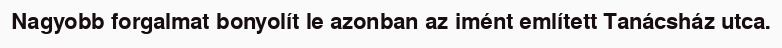
Nagyobb forgalmat bonyolít le azonban az imént említett Tanácsház utca.